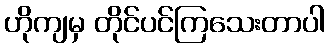
ဟိုကျမှ တိုင်ပင်ကြသေးတာပါ